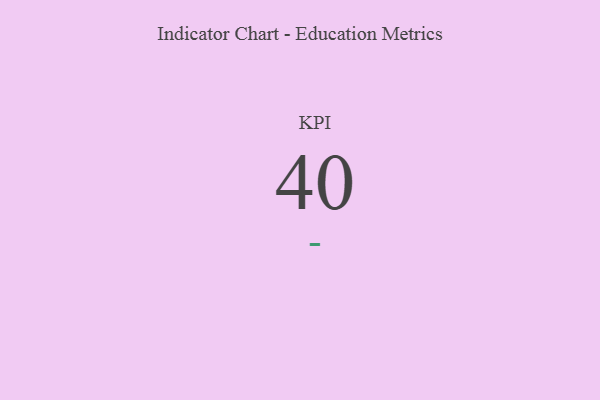
{"axis": {"x": "KPI", "y": "Value"}, "legend": [""], "data": [{"x": "KPI", "y": 40, "type": ""}]}